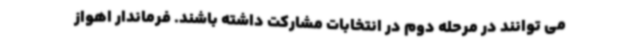
می توانند در مرحله دوم در انتخابات مشارکت داشته باشند. فرماندار اهواز